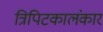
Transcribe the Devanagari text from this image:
त्रिपिटकालंकार